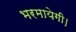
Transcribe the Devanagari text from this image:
भरमायेगी।